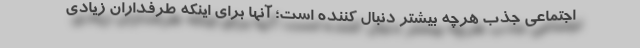
اجتماعی جذب هرچه بیشتر دنبال کننده است؛ آنها برای اینکه طرفداران زیادی